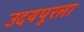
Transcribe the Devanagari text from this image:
उदयपूरला